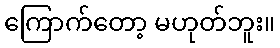
ကြောက်တော့ မဟုတ်ဘူး။